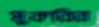
মুকরির